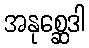
အနုစ္ဆေဒါ